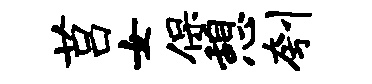
莒女保憩刳